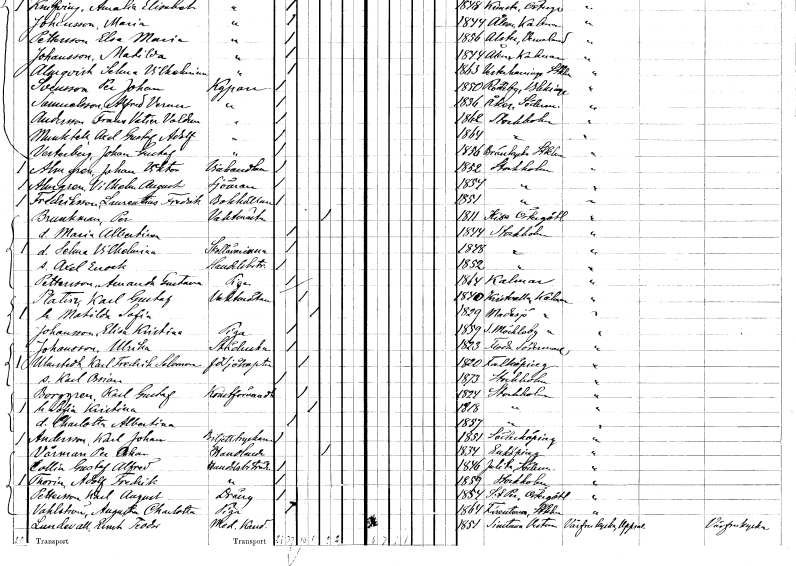
gt_parse: households: individuals: FN: Johan Viktor
EN: Almgren
YRKE: Vinhandlare
KON: M
CIV: O
FODAR: 1852
FODFORS: Stockholm
FN: Vilhelm August
EN: Almgren
YRKE: Sjöman
KON: M
CIV: O
FODAR: 1854
FODFORS: Stockholm
FN: Laurentius Fredrik
EN: Fredriksson
YRKE: Bokhållare
KON: M
CIV: O
FODAR: 1851
FODFORS: Stockholm
FN: Per
EN: Brunkman
YRKE: Vaktmästare
KON: M
CIV: E
FODAR: 1811
FODFORS: Kisa Östergötlands län
FN: Maria Albertina
KON: K
CIV: O
FODAR: 1844
FODFORS: Stockholm
FN: Selma Vilhelmina
YRKE: Skollärarinna
KON: K
CIV: O
FODAR: 1848
FODFORS: Stockholm
FN: Axel Enock
YRKE: Handelsbiträde
KON: M
CIV: O
FODAR: 1852
FODFORS: Stockholm
FN: Amanda Gustava
EN: Pettersson
YRKE: Piga
KON: K
CIV: O
FODAR: 1864
FODFORS: Kalmar Kalmar län
FN: Karl Gustaf
EN: Platin
YRKE: Vaktmästare
KON: M
CIV: G
FODAR: 1840
FODFORS: Kristvalla Kalmar län
FN: Matilda Sofia
KON: K
CIV: G
FODAR: 1829
FODFORS: Madesjö Kalmar län
FN: Elisa Kristina
EN: Johansson
YRKE: Piga
KON: K
CIV: O
FODAR: 1859
FODFORS: Södra Möckleby Kalmar län
FN: Ulrika
EN: Johansson
YRKE: Städerska
KON: K
CIV: O
FODAR: 1823
FODFORS: Floda Södermanlands län
FN: Karl Fredrik Salomon
EN: Ularstedt
YRKE: Sjökapten f.d.
KON: M
CIV: G
FODAR: 1820
FODFORS: Falköping Skaraborgs län
FN: Karl Ossian
KON: M
CIV: O
FODAR: 1873
FODFORS: Stockholm
FN: Karl Gustaf
EN: Borggren
YRKE: Konstförvandt
KON: M
CIV: G
FODAR: 1824
FODFORS: Stockholm
FN: Sofia Kristina
KON: K
CIV: G
FODAR: 1818
FODFORS: Stockholm
FN: Charlotta Albertina
KON: K
CIV: O
FODAR: 1857
FODFORS: Stockholm
FN: Karl Johan
EN: Andersson
YRKE: Biljettryckare
KON: M
CIV: O
FODAR: 1851
FODFORS: Söderköping Östergötlands län
FN: Per Oskar
EN: Vårman
YRKE: Handlande
KON: M
CIV: E
FODAR: 1834
FODFORS: Enköping Uppsala län
FN: Gustaf Alfred
EN: Collin
YRKE: Handelsbiträde
KON: M
CIV: O
FODAR: 1846
FODFORS: Julita Södermanlands län
FN: Adolf Fredrik
EN: Thorin
YRKE: Handelsbiträde
KON: M
CIV: O
FODAR: 1859
FODFORS: Stockholm
FN: Karl August
EN: Pettersson
YRKE: Dräng
KON: M
CIV: O
FODAR: 1854
FODFORS: Sankt Per Vadstena Östergötlands län
FN: Augusta Charlotta
EN: Vahlström
YRKE: Piga
KON: K
CIV: O
FODAR: 1864
FODFORS: Färentuna Stockholms län
FN: Ernst Teodor
EN: Lundwall
YRKE: Medicine kandidat
KON: M
CIV: O
FODAR: 1851
FODFORS: Simtuna Uppsala län